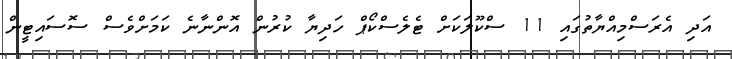
އަދި އެރަސްމިއްޔާތުގައި 11 ސްކޫލަކަށް ޓެލެސްކޯޕް ހަދިޔާ ކުރުން އޮންނާނެ ކަމަށްވެސް ސޮސައިޓީން